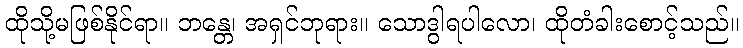
ထိုသို့မဖြစ်နိုင်ရာ။ ဘန္တေ၊ အရှင်ဘုရား။ သောဒွါရပါလော၊ ထိုတံခါးစောင့်သည်။